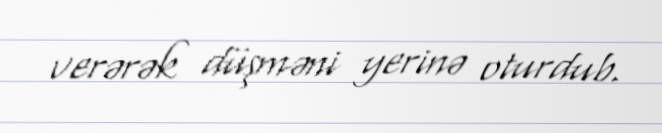
verərək düşməni yerinə oturdub.